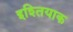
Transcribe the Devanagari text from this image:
इश्तियाक